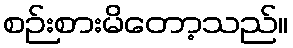
စဉ်းစားမိတော့သည်။